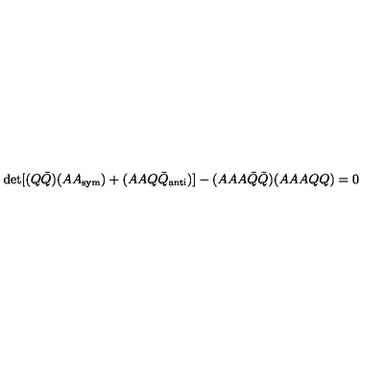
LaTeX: \det [ ( Q { \bar { Q } } ) ( A A _ { \mathrm { s y m } } ) + ( A A Q { \bar { Q } } _ { \mathrm { a n t i } } ) ] - ( A A A { \bar { Q } } { \bar { Q } } ) ( A A A Q Q ) = 0